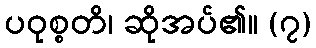
ပဝုစ္စတိ၊ ဆိုအပ်၏။ (၇)